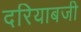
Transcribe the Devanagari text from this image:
दरियाबजी